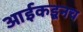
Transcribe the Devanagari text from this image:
आईकडूनच